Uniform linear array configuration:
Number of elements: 16
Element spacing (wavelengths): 0.5
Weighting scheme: blackman
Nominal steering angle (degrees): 30
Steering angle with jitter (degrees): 29.66
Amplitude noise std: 0.05
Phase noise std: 0.05

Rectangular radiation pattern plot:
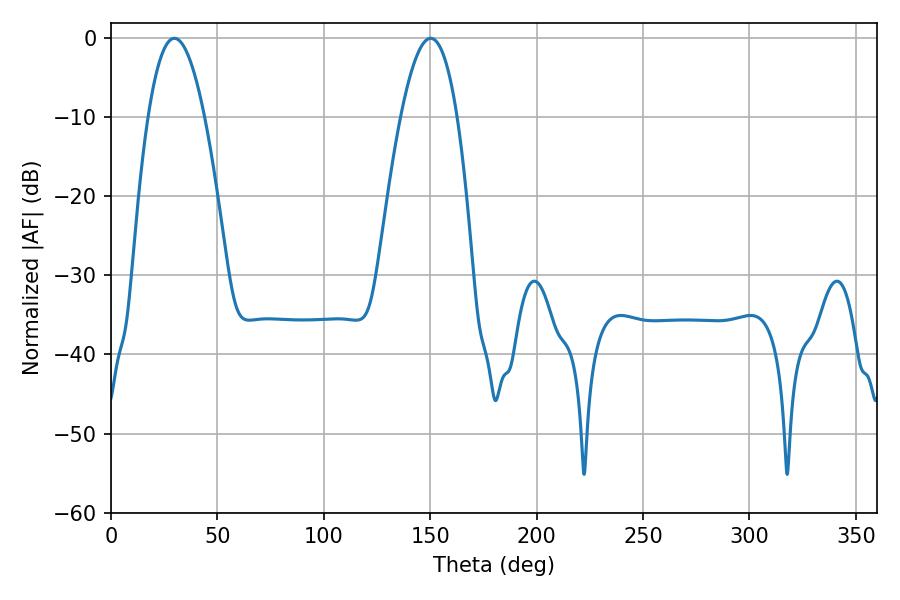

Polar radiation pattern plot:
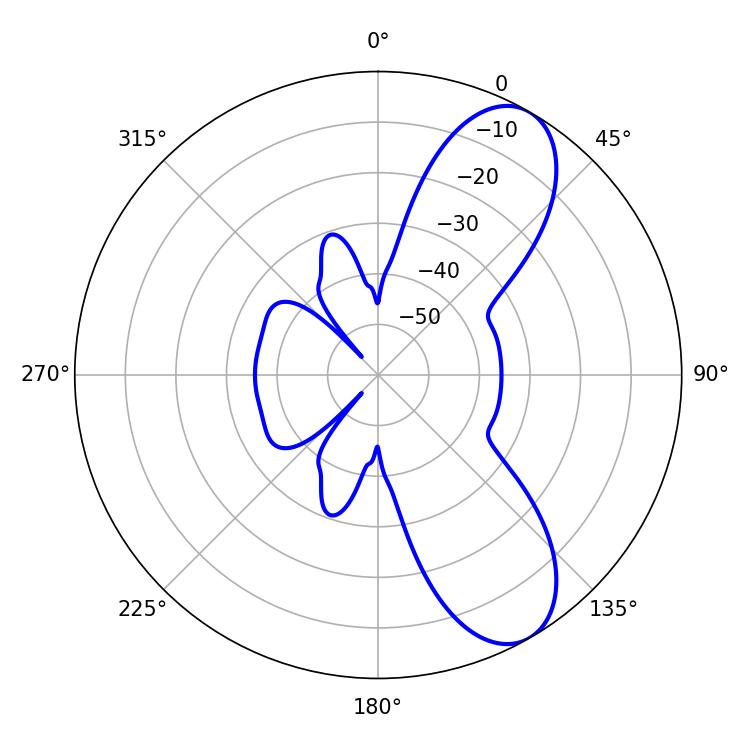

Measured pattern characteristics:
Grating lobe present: FALSE
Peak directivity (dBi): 8.634
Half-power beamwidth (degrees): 14.4
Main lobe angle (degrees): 29.88